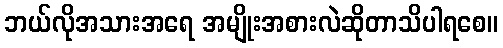
ဘယ်လိုအသားအရေ အမျိုးအစားလဲဆိုတာသိပါရစေ။